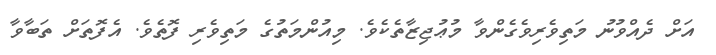
އަށް ދެއްވުނު މަތިވެރިވެގެންވާ މުޢުޖިޒާތެކެވެ. މިއުންމަތުގެ މަތިވެރި ފޮތެވެ. އެފޮތަށް ތަބާވާ